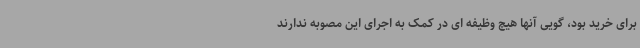
برای خرید بود، گویی آنها هیچ وظیفه ای در کمک به اجرای این مصوبه ندارند